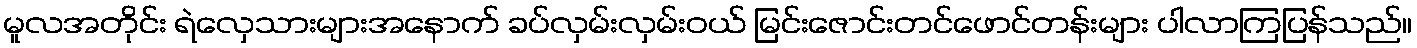
မူလအတိုင်း ရဲလှေသားများအနောက် ခပ်လှမ်းလှမ်းဝယ် မြင်းဇောင်းတင်ဖောင်တန်းများ ပါလာကြပြန်သည်။